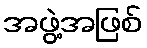
အဖွဲ့အဖြစ်